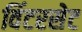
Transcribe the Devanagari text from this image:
विंटरसेट